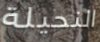
النحيلة